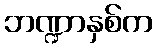
ဘဏ္ဍာနှစ်က